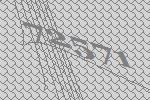
72571